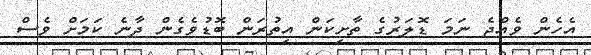
އެހެން ވެއްޖެ ނަމަ ޑޮލަރުގެ ތާށިކަން އިތުރަން ބޮޑުވެގެން ދާނެ ކަމަށް ވެސް